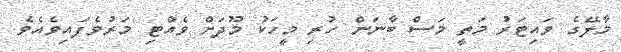
މާލޭގެ ވައިޓަރު މަތީ މަސް ބާނަން ހުރި މީހަކު މޫދަށް ވެއްޓި މަރުވެފައިވެއެވެ.